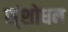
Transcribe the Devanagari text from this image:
स्ंशोधन